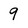
Character: 9